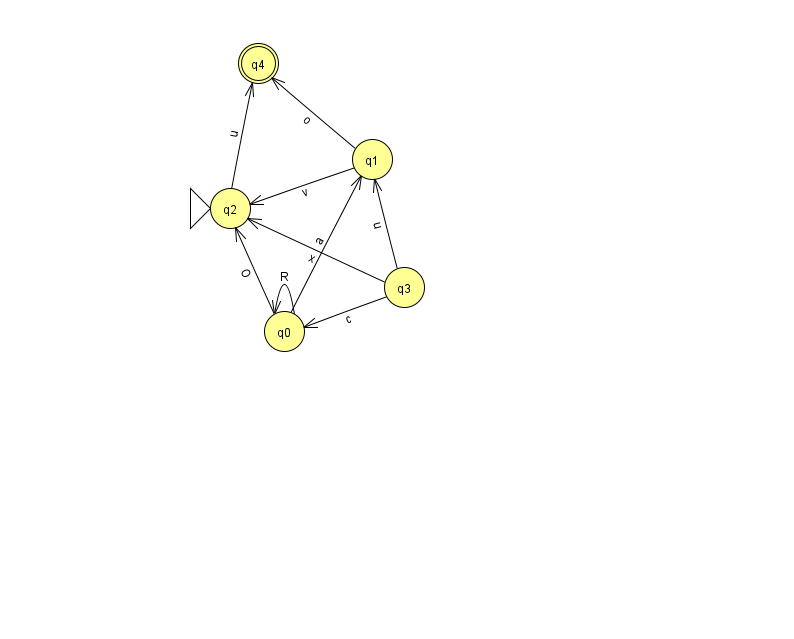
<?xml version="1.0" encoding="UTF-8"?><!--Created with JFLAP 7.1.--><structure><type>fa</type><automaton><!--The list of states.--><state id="0" name="q0"><x>284.0</x><y>318.0</y></state><state id="1" name="q1"><x>372.0</x><y>146.0</y></state><state id="2" name="q2"><x>230.0</x><y>195.0</y><initial/></state><state id="3" name="q3"><x>404.0</x><y>274.0</y></state><state id="4" name="q4"><x>258.0</x><y>50.0</y><final/></state><!--The list of transitions.--><transition><from>3</from><to>2</to><read>x</read></transition><transition><from>0</from><to>0</to><read>R</read></transition><transition><from>3</from><to>1</to><read>u</read></transition><transition><from>0</from><to>2</to><read>O</read></transition><transition><from>1</from><to>4</to><read>o</read></transition><transition><from>2</from><to>4</to><read>u</read></transition><transition><from>0</from><to>1</to><read>a</read></transition><transition><from>1</from><to>2</to><read>v</read></transition><transition><from>3</from><to>0</to><read>c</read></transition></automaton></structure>